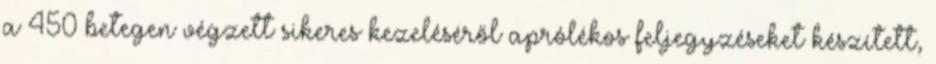
a 450 betegen végzett sikeres kezeléséről aprólékos feljegyzéseket készített,